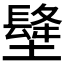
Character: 𡑺